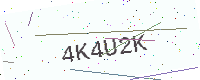
Text: 4K4U2K